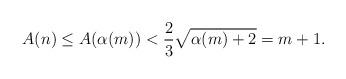
LaTeX: \begin{align*}A(n)\le A(\alpha(m))<\frac23\sqrt{\alpha(m)+2}=m+1.\end{align*}